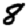
Digit: 8